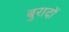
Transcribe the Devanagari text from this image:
बुरादों